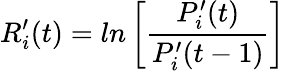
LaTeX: R_{i}^{\prime}(t)=ln\left[\frac{P_{i}^{\prime}(t)}{P_{i}^{\prime}(t-1)}\right]